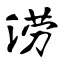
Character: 涝